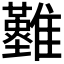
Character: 𩁘